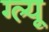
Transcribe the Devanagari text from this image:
ग्ल्यू